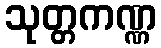
သုတ္တကဏ္ဏ